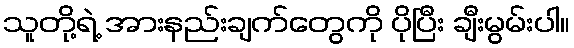
သူတို့ရဲ့ အားနည်းချက်တွေကို ပိုပြီး ချီးမွမ်းပါ။